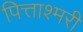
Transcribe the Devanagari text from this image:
पित्ताश्मरी